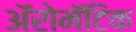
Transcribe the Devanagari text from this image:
अॅरोमॅटिक